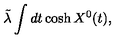
\tilde { \lambda } \int d t \cosh X ^ { 0 } ( t ) ,